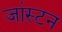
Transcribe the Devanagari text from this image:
जांस्टन